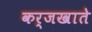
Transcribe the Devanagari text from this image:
कर्जखाते